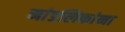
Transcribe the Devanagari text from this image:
मांडलिकांना